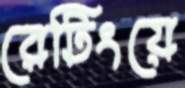
রেটিংয়ে